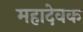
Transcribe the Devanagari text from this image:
महादेवक